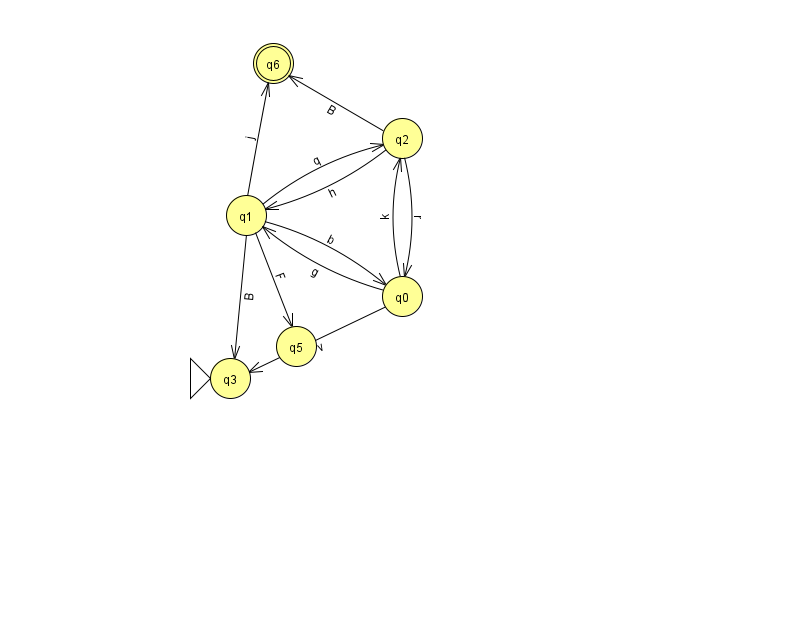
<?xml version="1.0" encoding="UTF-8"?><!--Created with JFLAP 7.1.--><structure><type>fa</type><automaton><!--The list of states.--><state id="0" name="q0"><x>402.0</x><y>283.0</y></state><state id="1" name="q1"><x>246.0</x><y>202.0</y></state><state id="2" name="q2"><x>402.0</x><y>125.0</y></state><state id="3" name="q3"><x>230.0</x><y>365.0</y><initial/></state><state id="5" name="q5"><x>296.0</x><y>333.0</y></state><state id="6" name="q6"><x>273.0</x><y>50.0</y><final/></state><!--The list of transitions.--><transition><from>2</from><to>1</to><read>h</read></transition><transition><from>0</from><to>2</to><read>k</read></transition><transition><from>1</from><to>0</to><read>b</read></transition><transition><from>1</from><to>6</to><read>j</read></transition><transition><from>2</from><to>6</to><read>B</read></transition><transition><from>0</from><to>1</to><read>g</read></transition><transition><from>1</from><to>2</to><read>q</read></transition><transition><from>1</from><to>5</to><read>F</read></transition><transition><from>1</from><to>3</to><read>B</read></transition><transition><from>2</from><to>0</to><read>r</read></transition><transition><from>0</from><to>3</to><read>v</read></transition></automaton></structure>